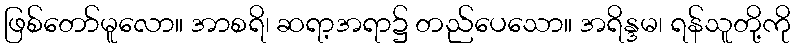
ဖြစ်တော်မူလော။ အာစရိ၊ ဆရာ့အရာ၌ တည်ပေသော။ အရိန္ဒမ၊ ရန်သူတို့ကို